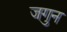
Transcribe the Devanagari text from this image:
जगुन